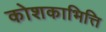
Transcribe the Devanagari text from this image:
कोशकाभित्ति